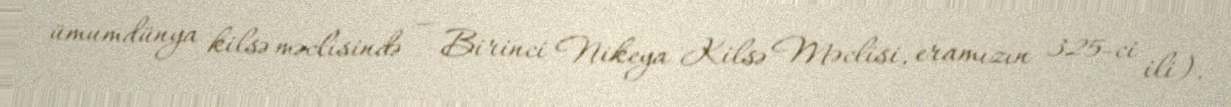
ümumdünya kilsə məclisində — Birinci Nikeya Kilsə Məclisi, eramızın 325-ci ili).